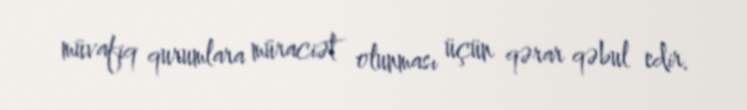
müvafiq qurumlara müraciət olunması üçün qərar qəbul edir.